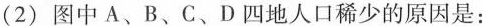
(2)图中A、B、C、D四地人口稀少的原因是：